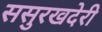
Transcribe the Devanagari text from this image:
ससुरखदेरी